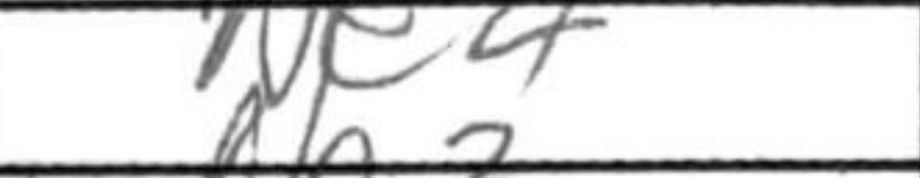
Transcription: Ne4